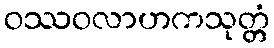
ဝဿဝလာဟကသုတ္တံ